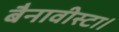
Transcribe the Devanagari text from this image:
बैनावीस्टा।